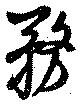
務